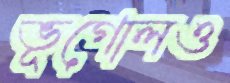
ভূগোলও